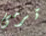
ترمى